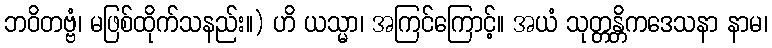
ဘဝိတဗ္ဗံ၊ မဖြစ်ထိုက်သနည်း။) ဟိ ယသ္မာ၊ အကြင်ကြောင့်။ အယံ သုတ္တန္တိကဒေသနာ နာမ၊